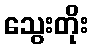
သွေးတိုး